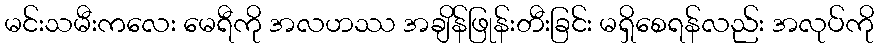
မင်းသမီးကလေး မေရီကို အလဟဿ အချိန်ဖြုန်းတီးခြင်း မရှိစေရန်လည်း အလုပ်ကို